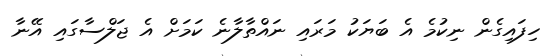
ހިފައިގެން ނިކުމެ އެ ބަޔަކު މަރައި ނައްތާލާނެ ކަމަށް އެ ޖަލްސާގައި އޭނާ